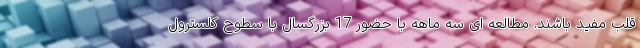
قلب مفید باشند. مطالعه ای سه ماهه با حضور 17 بزرگسال با سطوح کلسترول